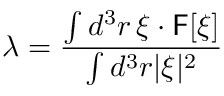
\lambda = \frac { \int d ^ { 3 } \boldsymbol { r } \, \boldsymbol { \xi } \cdot \mathsf { F } [ \boldsymbol { \xi } ] } { \int d ^ { 3 } \boldsymbol { r } \lvert \xi \rvert ^ { 2 } }